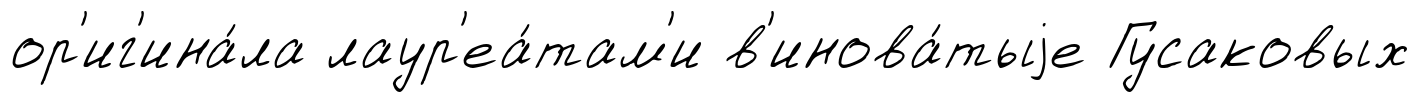
ор'иг'ина́ла лаур'еа́там'и в'инова́тыjе Гусаковых